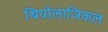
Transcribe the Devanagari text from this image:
थियोलाजिकल